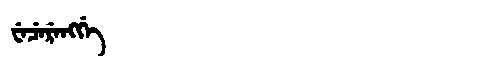
Manchu: ᠸᡝᠴᡝᡵᡝᠩᡤᡝ
Romanization: WECERENGGE